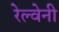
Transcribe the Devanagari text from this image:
रेल्वेनी